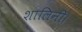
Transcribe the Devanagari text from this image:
शालिनी।